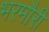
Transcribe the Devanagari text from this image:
भरमौरी